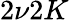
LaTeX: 2\nu 2K